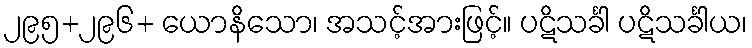
၂၉၅+၂၉၆+ ယောနိသော၊ အသင့်အားဖြင့်။ ပဋိသင်္ခါ ပဋိသင်္ခါယ၊